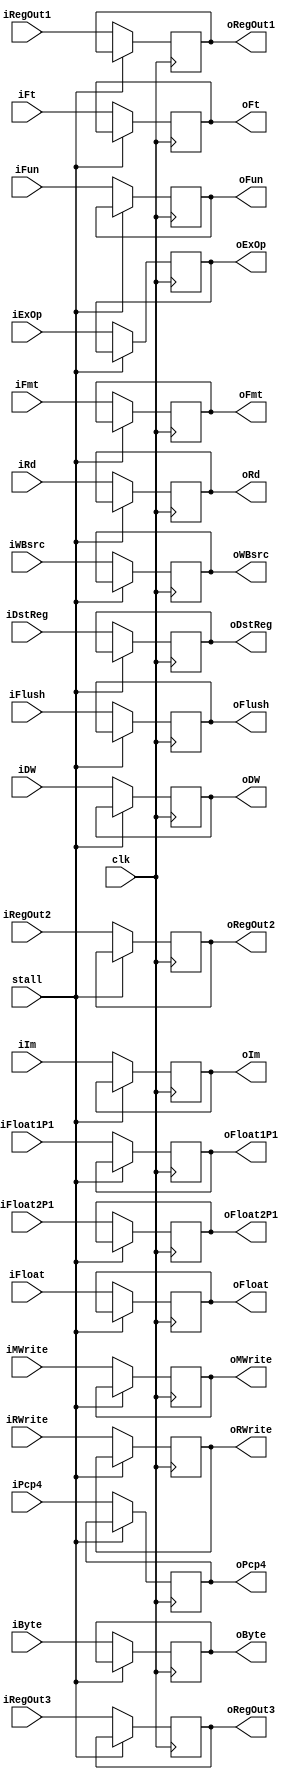
module IDEX(clk, stall,
iFlush,
iRWrite, iByte, iFloat, 
iWBsrc, iMWrite ,iDW,
iPcp4, iExOp,
iRegOut1, iFun, iRegOut2, iRegOut3,
iFloat1P1, iFloat2P1,
iFmt, iFt, iDstReg, iIm, iRd,

oFlush,
oRWrite, oByte, oFloat, 
oWBsrc, oMWrite , oDW,
oPcp4, oExOp,
oRegOut1, oFun, oRegOut2, oRegOut3,
oFloat1P1, oFloat2P1,
oFmt, oFt, oDstReg, oIm, oRd
);
    input clk, stall;

    input iFlush, iRWrite, iByte, iFloat, iDW;
    input [1:0] iWBsrc;
    input iMWrite;
    input [31:0] iPcp4;
    input [2:0] iExOp;
    input [31:0] iRegOut1, iRegOut2, iRegOut3, iFloat1P1, iFloat2P1;
    input [5:0] iFun;
    input [4:0] iFmt, iFt, iDstReg, iRd;
    input [15:0] iIm;

    output oFlush, oRWrite, oByte, oFloat, oDW;
    output [1:0] oWBsrc;
    output oMWrite;
    output [31:0] oPcp4;
    output [2:0] oExOp;
    output [31:0] oRegOut1, oRegOut2, oRegOut3, oFloat1P1, oFloat2P1;
    output [5:0] oFun;
    output [4:0] oFmt, oFt, oDstReg, oRd;
    output [15:0] oIm;

    //Could have made the outputs registers themeselves, this should be changed later

    reg internal_Flush, internal_RWrite, internal_Byte, internal_Float, internal_DW;
    reg [1:0] internal_WBsrc;
    reg internal_MWrite;
    reg [31:0] internal_Pcp4;
    reg [2:0] internal_ExOp;
    reg [31:0] internal_RegOut1, internal_RegOut2, internal_RegOut3;
    reg [31:0] internal_Float1P1, internal_Float2P1;
    reg [5:0] internal_Fun;
    reg [4:0] internal_Fmt, internal_Ft, internal_DstReg, internal_Rd;
    reg [15:0] internal_Im;

    assign oFlush = internal_Flush;
    assign oRWrite = internal_RWrite;
    assign oByte = internal_Byte;
    assign oFloat = internal_Float;
    assign oWBsrc = internal_WBsrc;
    assign oMWrite = internal_MWrite;
    assign oDW = internal_DW;
    assign oPcp4 = internal_Pcp4;
    assign oExOp = internal_ExOp;
    assign oRegOut1 = internal_RegOut1;
    assign oRegOut2 = internal_RegOut2;
    assign oRegOut3 = internal_RegOut3;
    assign oFloat1P1 = internal_Float1P1;
    assign oFloat2P1 = internal_Float2P1;
    assign oFun = internal_Fun;
    assign oFmt = internal_Fmt;
    assign oFt = internal_Ft;
    assign oDstReg = internal_DstReg;
    assign oIm = internal_Im;
    assign oRd = internal_Rd;


    initial begin
        internal_Flush = 0;
        internal_RWrite = 0;
        internal_Byte = 0;
        internal_Float = 0;
        internal_WBsrc = 0;
        internal_MWrite = 0;
        internal_DW = 0;
        internal_Pcp4 = 0;
        internal_ExOp = 0;
        internal_RegOut1 = 0;
        internal_RegOut2 = 0;
        internal_RegOut3 = 0;
        internal_Float1P1 = 0;
        internal_Float2P1 = 0;
        internal_Fun = 0;
        internal_Fmt = 0;
        internal_Ft = 0;
        internal_DstReg = 0;  
        internal_Im = 0;
        internal_Rd = 0;
    end

    always @(posedge clk) begin
        if (~stall) begin
            internal_Flush <= iFlush;
            internal_RWrite <= iRWrite;
            internal_Byte <= iByte;
            internal_Float <= iFloat;
            internal_WBsrc <= iWBsrc;
            internal_MWrite <= iMWrite;
            internal_Pcp4 <= iPcp4;
            internal_ExOp <= iExOp;
            internal_DW <= iDW;
            internal_RegOut1 <= iRegOut1;
            internal_RegOut2 <= iRegOut2;
            internal_RegOut3 <= iRegOut3;
            internal_Float1P1 <= iFloat1P1;
            internal_Float2P1 <= iFloat2P1;
            internal_Fun <= iFun;
            internal_Fmt <= iFmt;
            internal_Ft <= iFt;
            internal_DstReg <= iDstReg;
            internal_Im <= iIm;
            internal_Rd <= iRd;
        end
    end

endmodule